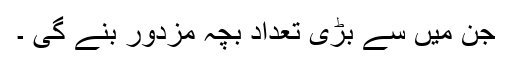
جن میں سے بڑی تعداد بچہ مزدور بنے گی ۔